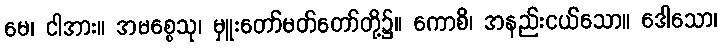
မေ၊ ငါအား။ အမစ္စေသု၊ မှူးတော်မတ်တော်တို့၌။ ကောစိ၊ အနည်းငယ်သော။ ဒေါသော၊